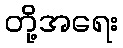
တို့အရေး